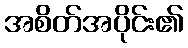
အစိတ်အပိုင်း၏